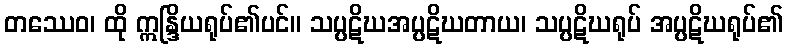
တဿေဝ၊ ထို ဣန္ဒြိယရုပ်၏ပင်။ သပ္ပဋိဃအပ္ပဋိဃတာယ၊ သပ္ပဋိဃရုပ် အပ္ပဋိဃရုပ်၏